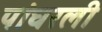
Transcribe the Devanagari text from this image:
पांघरली